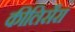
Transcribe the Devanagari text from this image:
कीलिसैरा